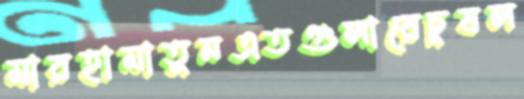
মারহামাতুনএতগুলারেচুষল